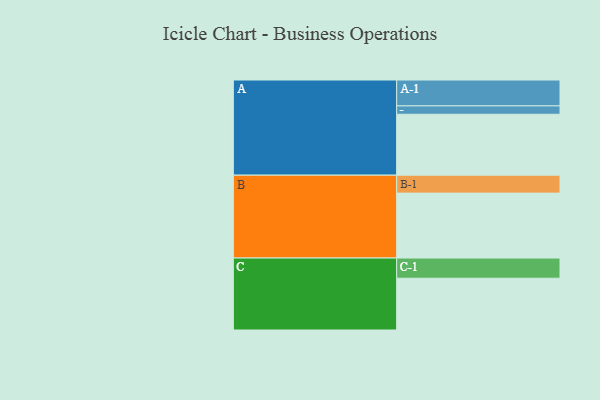
{"axis": {"x": "Segment", "y": "Value"}, "legend": ["", "A", "B", "C"], "data": [{"x": "A", "y": 459, "type": ""}, {"x": "B", "y": 489, "type": ""}, {"x": "C", "y": 390, "type": ""}, {"x": "A-1", "y": 195, "type": "A"}, {"x": "A-2", "y": 63, "type": "A"}, {"x": "B-1", "y": 135, "type": "B"}, {"x": "C-1", "y": 152, "type": "C"}]}